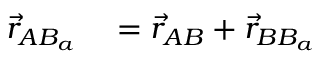
\begin{array} { r l } { \vec { r } _ { A B _ { a } } } & { { } = \vec { r } _ { A B } + \vec { r } _ { B B _ { a } } } \end{array}